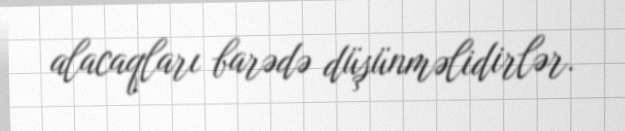
alacaqları barədə düşünməlidirlər.